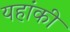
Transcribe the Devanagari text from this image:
यहांकी